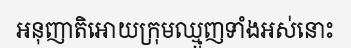
អនុញាតិអោយក្រុមឈ្មួញទាំងអស់នោះ